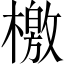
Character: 檄